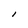
Character: I